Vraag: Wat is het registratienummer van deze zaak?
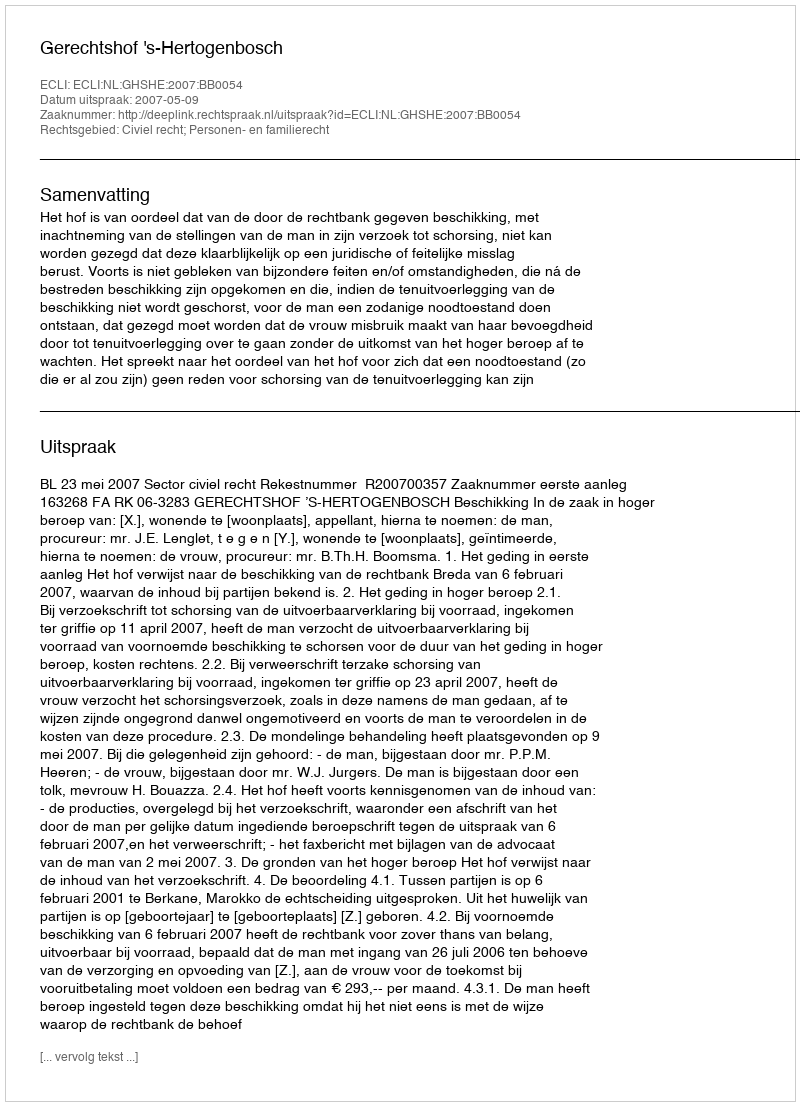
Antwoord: http://deeplink.rechtspraak.nl/uitspraak?id=ECLI:NL:GHSHE:2007:BB0054